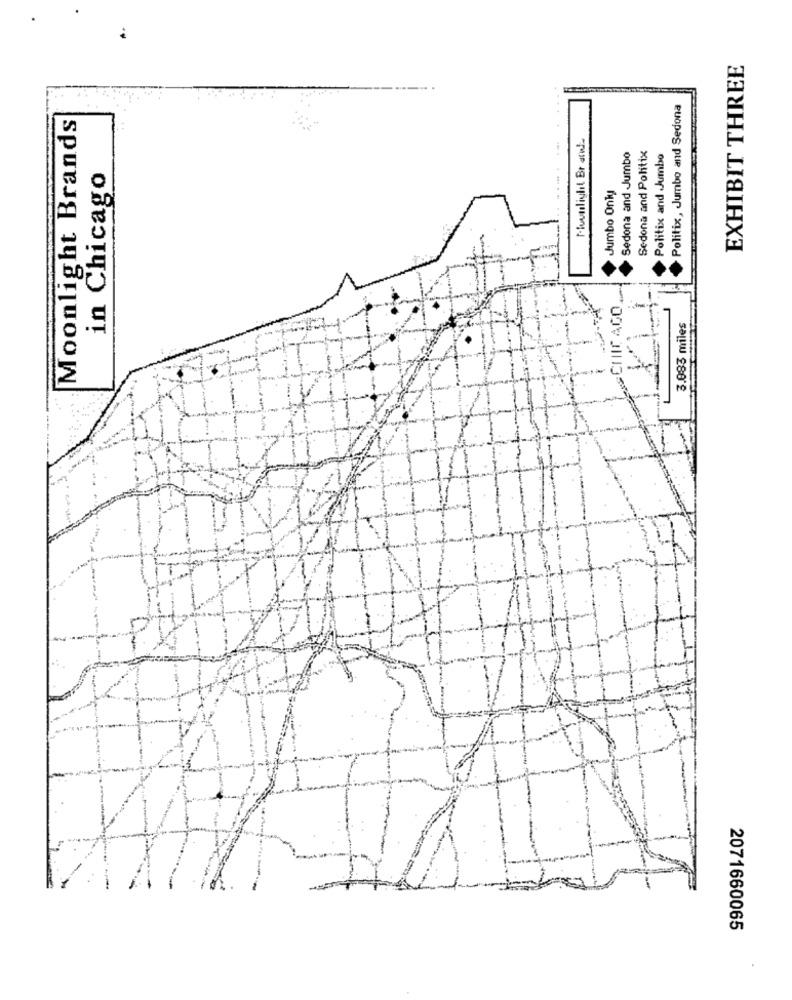
EXHIBIT THREE
Politix, Jumbo and Sedona
Moonlight Brands
Moonlight Br and
Sedona and Politix
Sedona and Jumbo
Politix and Jumbo
in Chicago
Jumbo Only
>CHICAGO
3.083 miles
2071660065